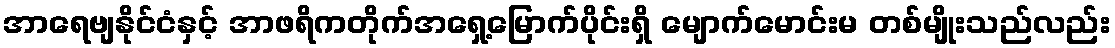
အာရေဗျနိုင်ငံနှင့် အာဖရိကတိုက်အရှေ့မြောက်ပိုင်းရှိ မျောက်မောင်းမ တစ်မျိုးသည်လည်း